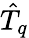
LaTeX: \hat{T}_{q}